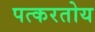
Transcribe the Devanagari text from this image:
पत्करतोय